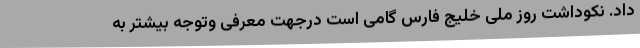
داد. نکوداشت روز ملی خلیج فارس گامی است درجهت معرفی وتوجه بیشتر به